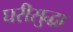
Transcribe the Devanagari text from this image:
घरीसुद्धा